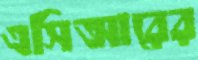
এসিআরের